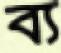
ব্য